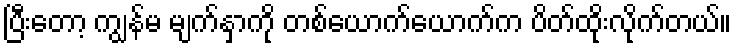
ပြီးတော့ ကျွန်မ မျက်နှာကို တစ်ယောက်ယောက်က ပိတ်ထိုးလိုက်တယ်။